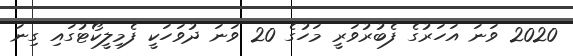
2020 ވަނަ އަހަރުގެ ފެބުރުވަރީ މަހުގެ 20 ވަނަ ދުވަހަކީ ފެމިލީކޯޓުގައި ގިނަ